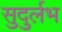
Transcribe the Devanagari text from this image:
सुदुर्लभ